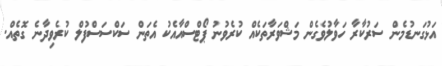
އަޅުގަނޑުމެން ސަރުކާރާ ހަވާލުވެގެން މަޝްވަރާތަކެއް ކުރެވުނު ޕޯޓްސްއާއެކު އެތަން ސަކްސަސްފުލް ކުރެވިދާނެ ގޮތެއް.